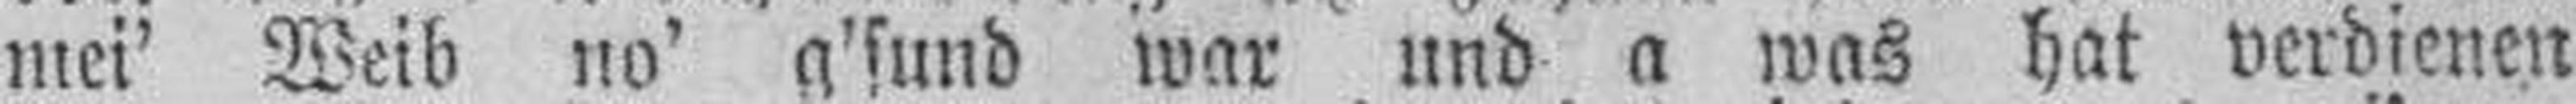
mei' Weib no’ g'sund war und a was hat verdienen